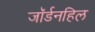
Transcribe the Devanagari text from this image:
जॉर्डनहिल